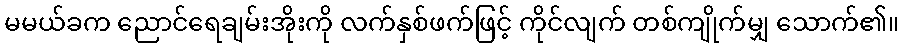
မမယ်ခက ညောင်ရေချမ်းအိုးကို လက်နှစ်ဖက်ဖြင့် ကိုင်လျက် တစ်ကျိုက်မျှ သောက်၏။